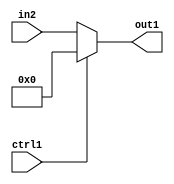
`timescale 1ps / 1ps
/*****************************************************************************
    Verilog RTL Description
    
    
    Created by: Stratus DpOpt 2019.1.01 
*******************************************************************************/

module feature_write_addr_gen_N_MuxB_320_2_19_4 (
	in2,
	ctrl1,
	out1
	); /* architecture "behavioural" */ 
input [319:0] in2;
input  ctrl1;
output [319:0] out1;
wire [319:0] asc001;

reg [319:0] asc001_tmp_0;
assign asc001 = asc001_tmp_0;
always @ (ctrl1 or in2) begin
	case (ctrl1)
		1'B1 : asc001_tmp_0 = 320'B00000000000000000000000000000000000000000000000000000000000000000000000000000000000000000000000000000000000000000000000000000000000000000000000000000000000000000000000000000000000000000000000000000000000000000000000000000000000000000000000000000000000000000000000000000000000000000000000000000000000000000000000000000000
    ;
		default : asc001_tmp_0 = in2 ;
	endcase
end

assign out1 = asc001;
endmodule

/* CADENCE  vLT5SwE= : u9/ySgnWtBlWxVPRXgAZ4Og= ** DO NOT EDIT THIS LINE ******/